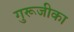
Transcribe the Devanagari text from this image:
गुरूजीका